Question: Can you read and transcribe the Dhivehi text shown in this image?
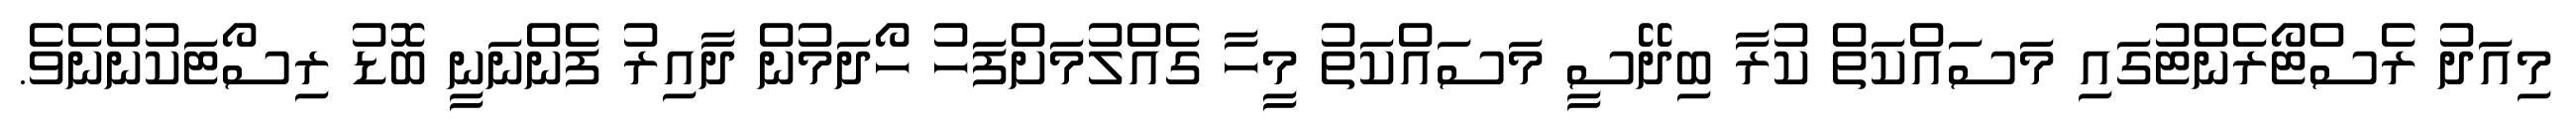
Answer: މިއަދު ރެސްޓޯރެންޓުގައި މަސައްކަތް ކުރާ ބިދޭސީ މަސައްކަތު މީހާ ގެއްލުމަށްފަހު ހޯދަމުން ދާއިރު ފެންނަނީ ބޮޑު ރިސޯޓަކުންނެވެ.